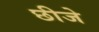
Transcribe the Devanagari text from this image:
छीजे